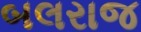
બલરાજ